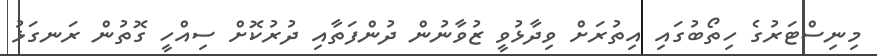
މިނިސްޓަރުގެ ހިތޯބުގައި އިތުރަށް ވިދާޅުވީ ޒުވާނުން ދުންފަތާއި ދުރުކޮށް ސިއްހީ ގޮތުން ރަނގަޅު